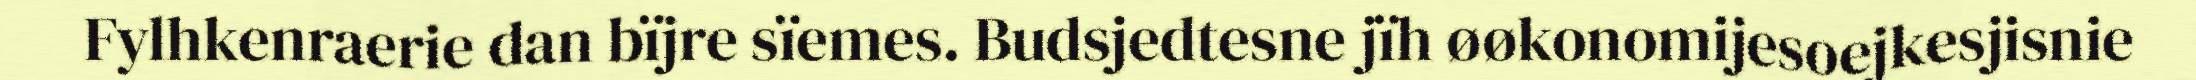
Fylhkenraerie dan bïjre sïemes. Budsjedtesne jïh øøkonomijesoejkesjisnie